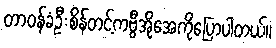
တာဝန်ခံဦးစိန်တင့်ကဗွီအိုအေကိုပြောပါတယ်။